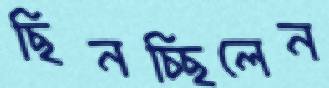
ছিনচ্ছিলেন